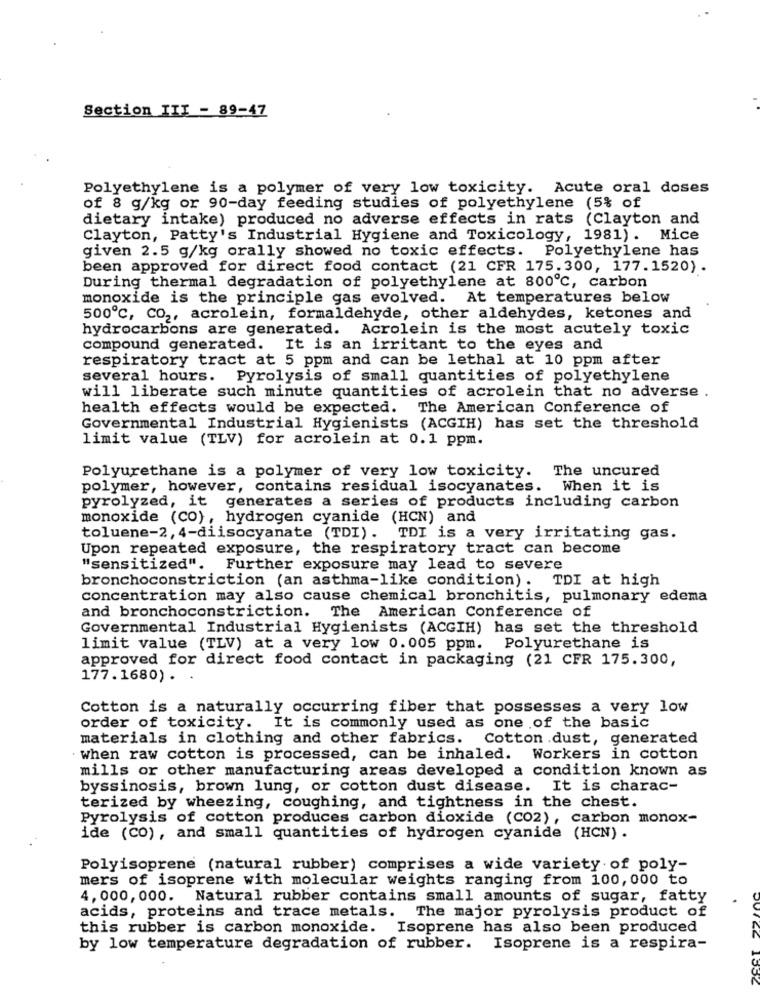
Section ITI - 89-47
Polyethylene is a polymer of very low toxicity. Acute oral doses
of 8 g/kg or 90-day feeding studies of polyethylene (5% of
dietary intake) produced no adverse effects in rats (Clayton and
Clayton, Patty's Industrial Hygiene and Toxicology, 1981). Mice
given 2.5 g/kg orally showed no toxic effects. Polyethylene has
been approved for direct food contact (21 CFR 175.300, 177.1520).
During thermal degradation of polyethylene at 800℃, carbon
monoxide is the principle gas evolved. At temperatures below
500℃, CO2, acrolein, formaldehyde, other aldehydes, ketones and
hydrocarbons are generated. Acrolein is the most acutely toxic
compound generated. It is an irritant to the eyes and
respiratory tract at 5 ppm and can be lethal at 10 ppm after
several hours. Pyrolysis of small quantities of polyethylene
will liberate such minute quantities of acrolein that no adverse .
health effects would be expected. The American Conference of
Governmental Industrial Hygienists (ACGIH) has set the threshold
limit value (TLV) for acrolein at 0.1 ppm.
Polyurethane is a polymer of very low toxicity. The uncured
polymer, however, contains residual isocyanates. When it is
pyrolyzed, it generates a series of products including carbon
monoxide (CO), hydrogen cyanide (HCN) and
toluene-2, 4-diisocyanate (TDI). TDI is a very irritating gas.
Upon repeated exposure, the respiratory tract can become
"sensitized". Further exposure may lead to severe
bronchoconstriction (an asthma-like condition). TDI at high
concentration may also cause chemical bronchitis, pulmonary edema
and bronchoconstriction. The American Conference of
Governmental Industrial Hygienists (ACGIH) has set the threshold
limit value (TLV) at a very low 0.005 ppm. Polyurethane is
approved for direct food contact in packaging (21 CFR 175.300,
177.1680).
Cotton is a naturally occurring fiber that possesses a very low
order of toxicity. It is commonly used as one of the basic
materials in clothing and other fabrics. Cotton dust, generated
when raw cotton is processed, can be inhaled. Workers in cotton
mills or other manufacturing areas developed a condition known as
byssinosis, brown lung, or cotton dust disease. It is charac-
terized by wheezing, coughing, and tightness in the chest.
Pyrolysis of cotton produces carbon dioxide (CO2), carbon monox-
ide (CO), and small quantities of hydrogen cyanide (HCN) .
Polyisoprene (natural rubber) comprises a wide variety of poly-
mers of isoprene with molecular weights ranging from 100, 000 to
4, 000, 000. Natural rubber contains small amounts of sugar, fatty
acids, proteins and trace metals.
The major pyrolysis product of
this rubber is carbon monoxide. Isoprene has also been produced
by low temperature degradation of rubber.
Isoprene is a respira-